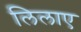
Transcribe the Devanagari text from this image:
लिलाए